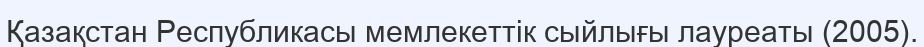
Қазақстан Республикасы мемлекеттік сыйлығы лауреаты (2005).